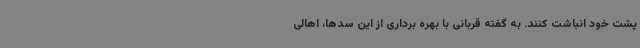
پشت خود انباشت کنند. به گفته قربانی با بهره برداری از این سدها، اهالی